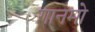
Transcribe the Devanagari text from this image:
गानमो